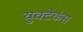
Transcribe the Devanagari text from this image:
युक्टेकंस